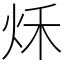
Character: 秌